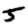
Digit: 5